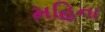
મહિના